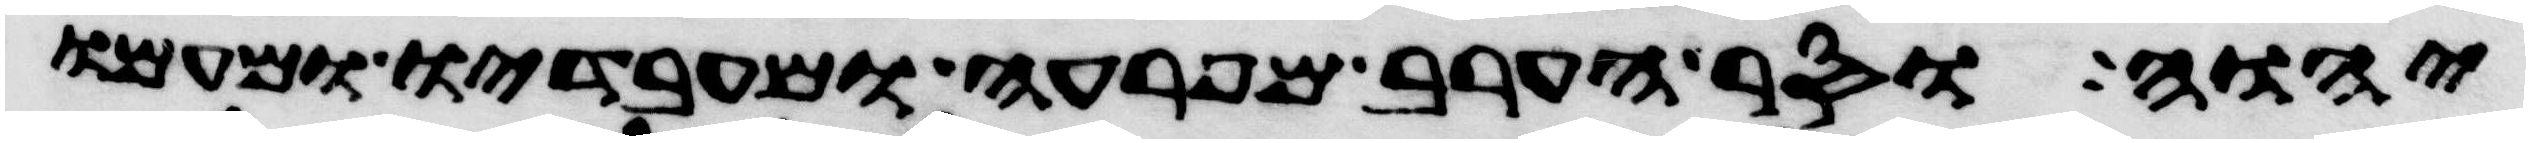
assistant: יהוה וסר הערב מפרעה ומעבדיו ומעמו